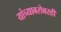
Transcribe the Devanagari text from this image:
यांच्याबरोबरही